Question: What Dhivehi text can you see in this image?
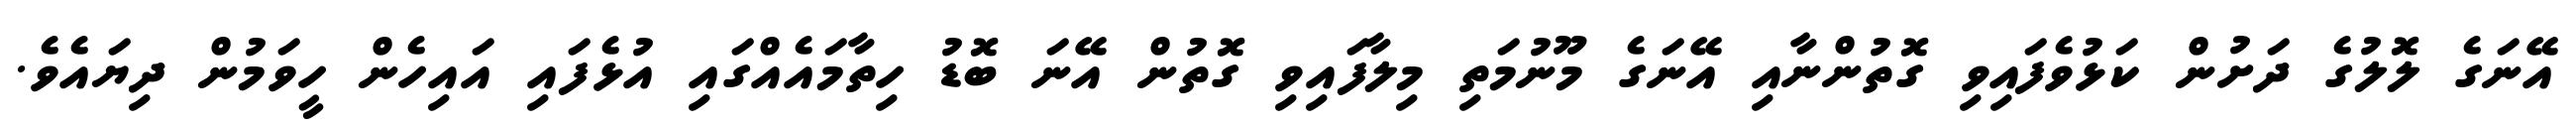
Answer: އޭނަގެ ލޮލުގެ ދަށުން ކަޅުވެފައިވި ގޮތުންނާއި އޭނަގެ މޫނުމަތި މިލާފައިވި ގޮތުން އޭނަ ބޮޑު ހިތާމައެއްގައި އުޅެފައި އައިހެން ހީވަމުން ދިޔައެވެ.